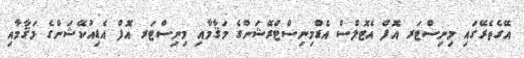
އޭގެތެރޭގައި މިނިސްޓަރ އޮފް އެޓޮލްސް އެޑްމިނިސްޓްރޭޝަންގެ މަޤާމާއި މިނިސްޓަރ އޮފް އެޑިއުކޭޝަންގެ މަޤާމާއި